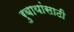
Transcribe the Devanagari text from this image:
रुबायांसाठी